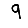
Digit: 9